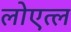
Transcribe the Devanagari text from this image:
लोएत्ल